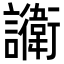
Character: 𬣔